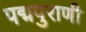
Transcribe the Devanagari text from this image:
पद्मपुराणी